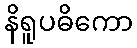
နိရူပဓိကော